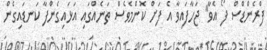
ފްރެންޑްސް ފޯ އެވާ" ޖަހާފައިވާ އެ ފަށް ކޮންމެވެސް ތަނެއްގައި އަޅައިގެންފާ ކަނޑައިގެން